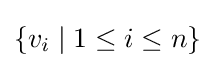
\{v_{i}\mid 1\leq i\leq n\}